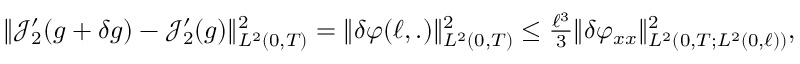
\begin{array} { r } { \Vert \mathcal { J } _ { 2 } ^ { \prime } ( g + \delta g ) - \mathcal { J } _ { 2 } ^ { \prime } ( g ) \Vert _ { L ^ { 2 } ( 0 , T ) } ^ { 2 } = \Vert \delta \varphi ( \ell , . ) \Vert _ { L ^ { 2 } ( 0 , T ) } ^ { 2 } \leq \frac { \ell ^ { 3 } } { 3 } \Vert \delta \varphi _ { x x } \Vert _ { L ^ { 2 } ( 0 , T ; L ^ { 2 } ( 0 , \ell ) ) } ^ { 2 } , } \end{array}